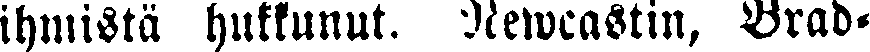
ihmistä hukkunut. Newcastin, Brad-